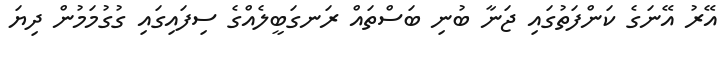
އޭރު އޭނަގެ ކަންފަތުގައި ޖަނާ ބުނި ބަސްތައް ރަނގަބީލެއްގެ ސިފައިގައި ގުގުމަމުން ދިޔަ